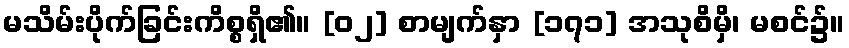
မသိမ်းပိုက်ခြင်းကိစ္စရှိ၏။ [၀၂] စာမျက်နှာ [၁၇၁] အသုစိမှိ၊ မစင်၌။